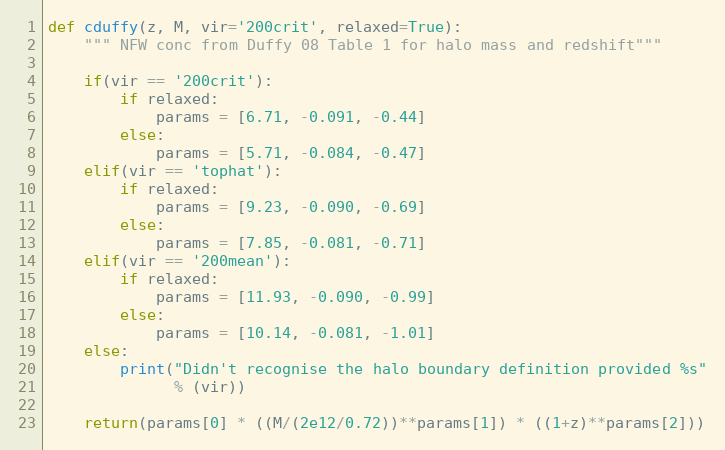
Language: Python
def cduffy(z, M, vir='200crit', relaxed=True):
    """ NFW conc from Duffy 08 Table 1 for halo mass and redshift"""

    if(vir == '200crit'):
        if relaxed:
            params = [6.71, -0.091, -0.44]
        else:
            params = [5.71, -0.084, -0.47]
    elif(vir == 'tophat'):
        if relaxed:
            params = [9.23, -0.090, -0.69]
        else:
            params = [7.85, -0.081, -0.71]
    elif(vir == '200mean'):
        if relaxed:
            params = [11.93, -0.090, -0.99]
        else:
            params = [10.14, -0.081, -1.01]
    else:
        print("Didn't recognise the halo boundary definition provided %s"
              % (vir))

    return(params[0] * ((M/(2e12/0.72))**params[1]) * ((1+z)**params[2]))